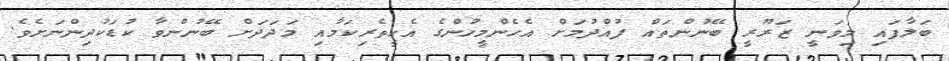
ބަލާފައި މިވަނީ ޒަރޫރީ ބޭނުންތައް ފުއްދުމަށް އެހެންމީހުންގެ އެހީތެރިކަމާއި މަދަދަށް ބޭނުންވާ ކުޑަކުދިންނަށެވެ.